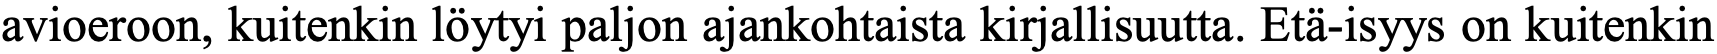
avioeroon, kuitenkin löytyi paljon ajankohtaista kirjallisuutta. Etä-isyys on kuitenkin